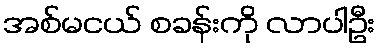
အစ်မငယ် စခန်းကို လာပါဦး